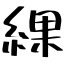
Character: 綶